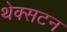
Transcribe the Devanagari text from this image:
थेक्सटन